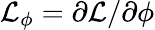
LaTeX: \mathcal{L}_{\phi}=\partial\mathcal{L}/\partial\phi